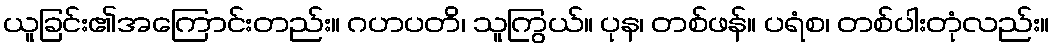
ယူခြင်း၏အကြောင်းတည်း။ ဂဟပတိ၊ သူကြွယ်။ ပုန၊ တစ်ဖန်။ ပရံစ၊ တစ်ပါးတုံလည်း။